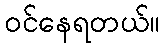
ဝင်နေရတယ်။